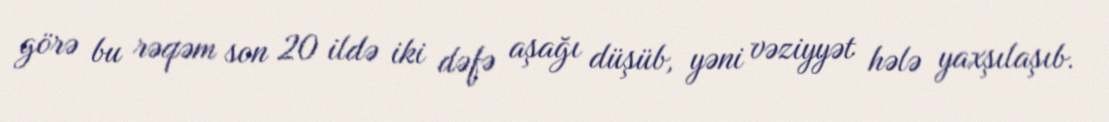
görə bu rəqəm son 20 ildə iki dəfə aşağı düşüb, yəni vəziyyət hələ yaxşılaşıb.